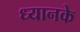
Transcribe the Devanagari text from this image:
ध्यानके